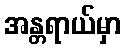
အန္တရာယ်မှာ